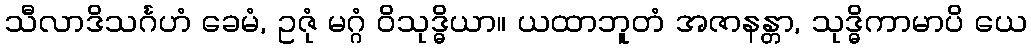
သီလာဒိသင်္ဂဟံ ခေမံ, ဥဇုံ မဂ္ဂံ ဝိသုဒ္ဓိယာ။ ယထာဘူတံ အဇာနန္တာ, သုဒ္ဓိကာမာပိ ယေ